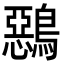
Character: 𪅴